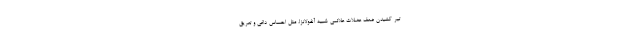
تیر کشیدن ضعف عضلات علائمی شبیه آنفولانزا، مثل احساس داغی و تعریق